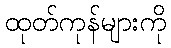
ထုတ်ကုန်များကို